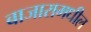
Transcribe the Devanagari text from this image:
बाजारामधील